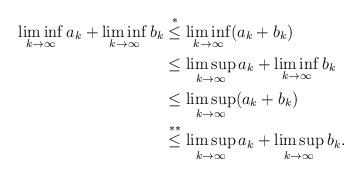
LaTeX: \begin{align*}\liminf_{k\to \infty}a_k + \liminf_{k\to \infty}b_k &\stackrel{*}{\le} \liminf_{k\to \infty}(a_k+b_k)\\&\le \limsup_{k\to \infty}a_k + \liminf_{k\to \infty}b_k\\&\le \limsup_{k\to \infty}(a_k+b_k)\\&\stackrel{**}{\le} \limsup_{k\to \infty}a_k+\limsup_{k\to \infty}b_k.\end{align*}